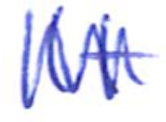
Text: It
Cross-out: zig-zag
Writing tool: ballpoint